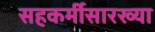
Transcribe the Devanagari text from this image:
सहकर्मीसारख्या